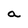
Character: a